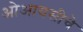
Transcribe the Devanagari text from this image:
ओआयसीचे